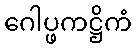
ဂေါပ္ဖကဋ္ဌိကံ